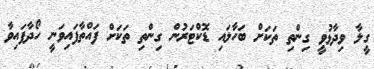
ގީލާ ވިދާޅުވީ ގިންތި ތަކަށް ބަހާލައި ޑޮކްޓަރުން ގިންތި ތަކަށް ފައްތާފައިވަނީ ހޯދާފައިވާ